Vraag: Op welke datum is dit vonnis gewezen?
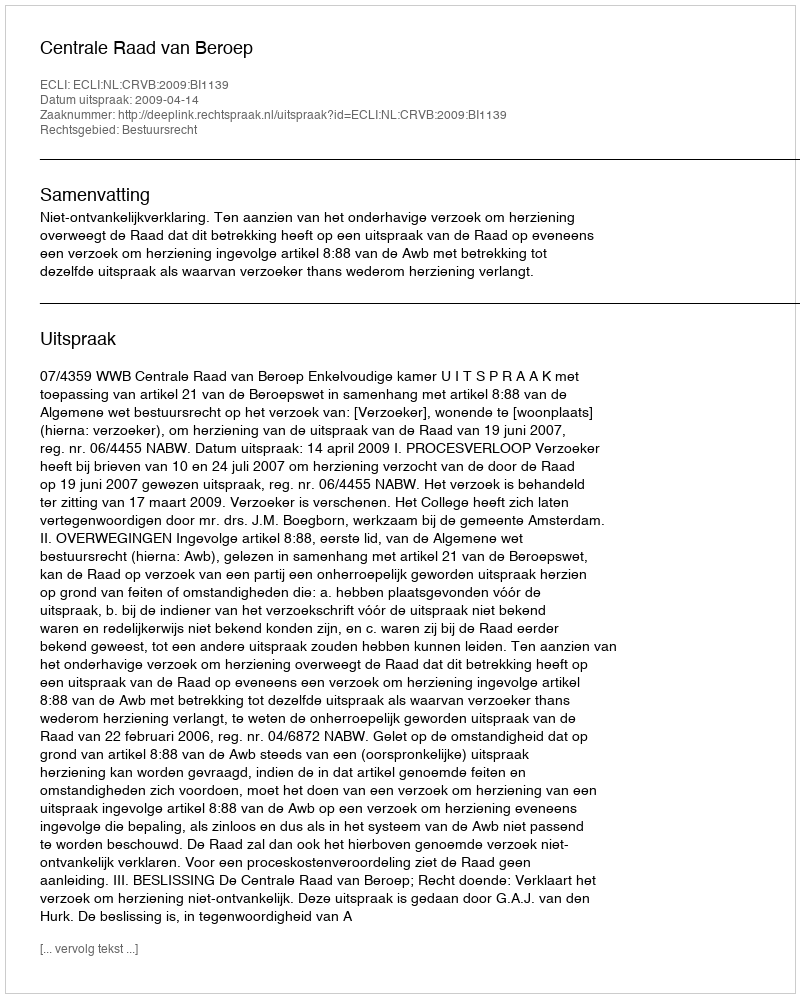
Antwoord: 2009-04-14